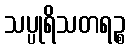
သပ္ပုရိသတရဉ္စ